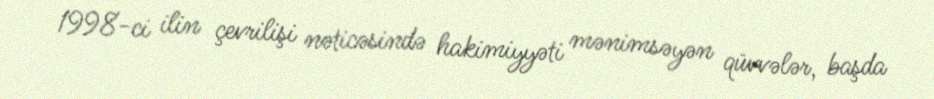
1998-ci ilin çevrilişi nəticəsində hakimiyyəti mənimsəyən qüvvələr, başda